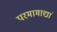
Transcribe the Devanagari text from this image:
परमामाद्यां